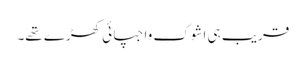
قریب ہی اشوک واجپائی کھڑے تھے۔